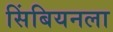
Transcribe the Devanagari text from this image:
सिंबियनला